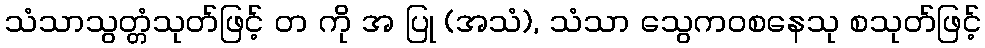
သံသာသွတ္တံသုတ်ဖြင့် တ ကို အ ပြု (အသံ), သံသာ သွေကဝစနေသု စသုတ်ဖြင့်